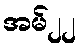
အမ်၂၂